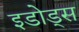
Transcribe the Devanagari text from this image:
इडोड्स